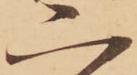
二